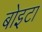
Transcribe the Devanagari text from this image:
बोइटा